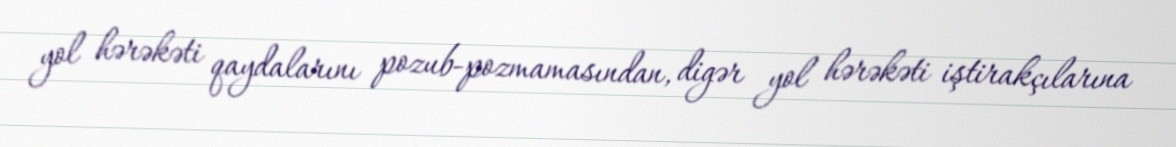
yol hərəkəti qaydalarını pozub-pozmamasından, digər yol hərəkəti iştirakçılarına